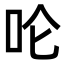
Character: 𪠵